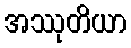
အဿုတိယာ